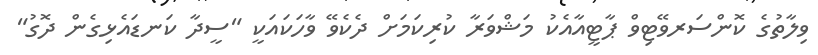
ވިލާތުގެ ކޮންސަރވޭޓިވް ޕާޓީއާއެކު މަޝްވަރާ ކުރިކަމަށް ދެކެވޭ ވާހަކައަކީ "ސީދާ ކަނޑައެޅިގެން ދޮގު"